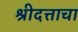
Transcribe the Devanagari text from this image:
श्रीदत्ताचा